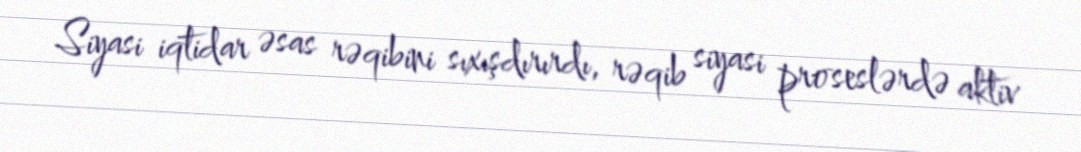
Siyasi iqtidar əsas rəqibini sıxışdırırdı, rəqib siyasi proseslərdə aktiv